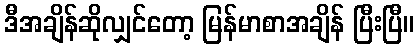
ဒီအချိန်ဆိုလျှင်တော့ မြန်မာစာအချိန် ပြီးပြီ။